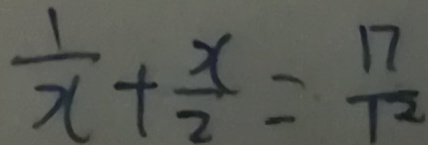
\frac { 1 } { x } + \frac { x } { 2 } = \frac { 1 7 } { 1 2 }